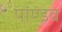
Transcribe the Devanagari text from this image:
पांण्‍डव